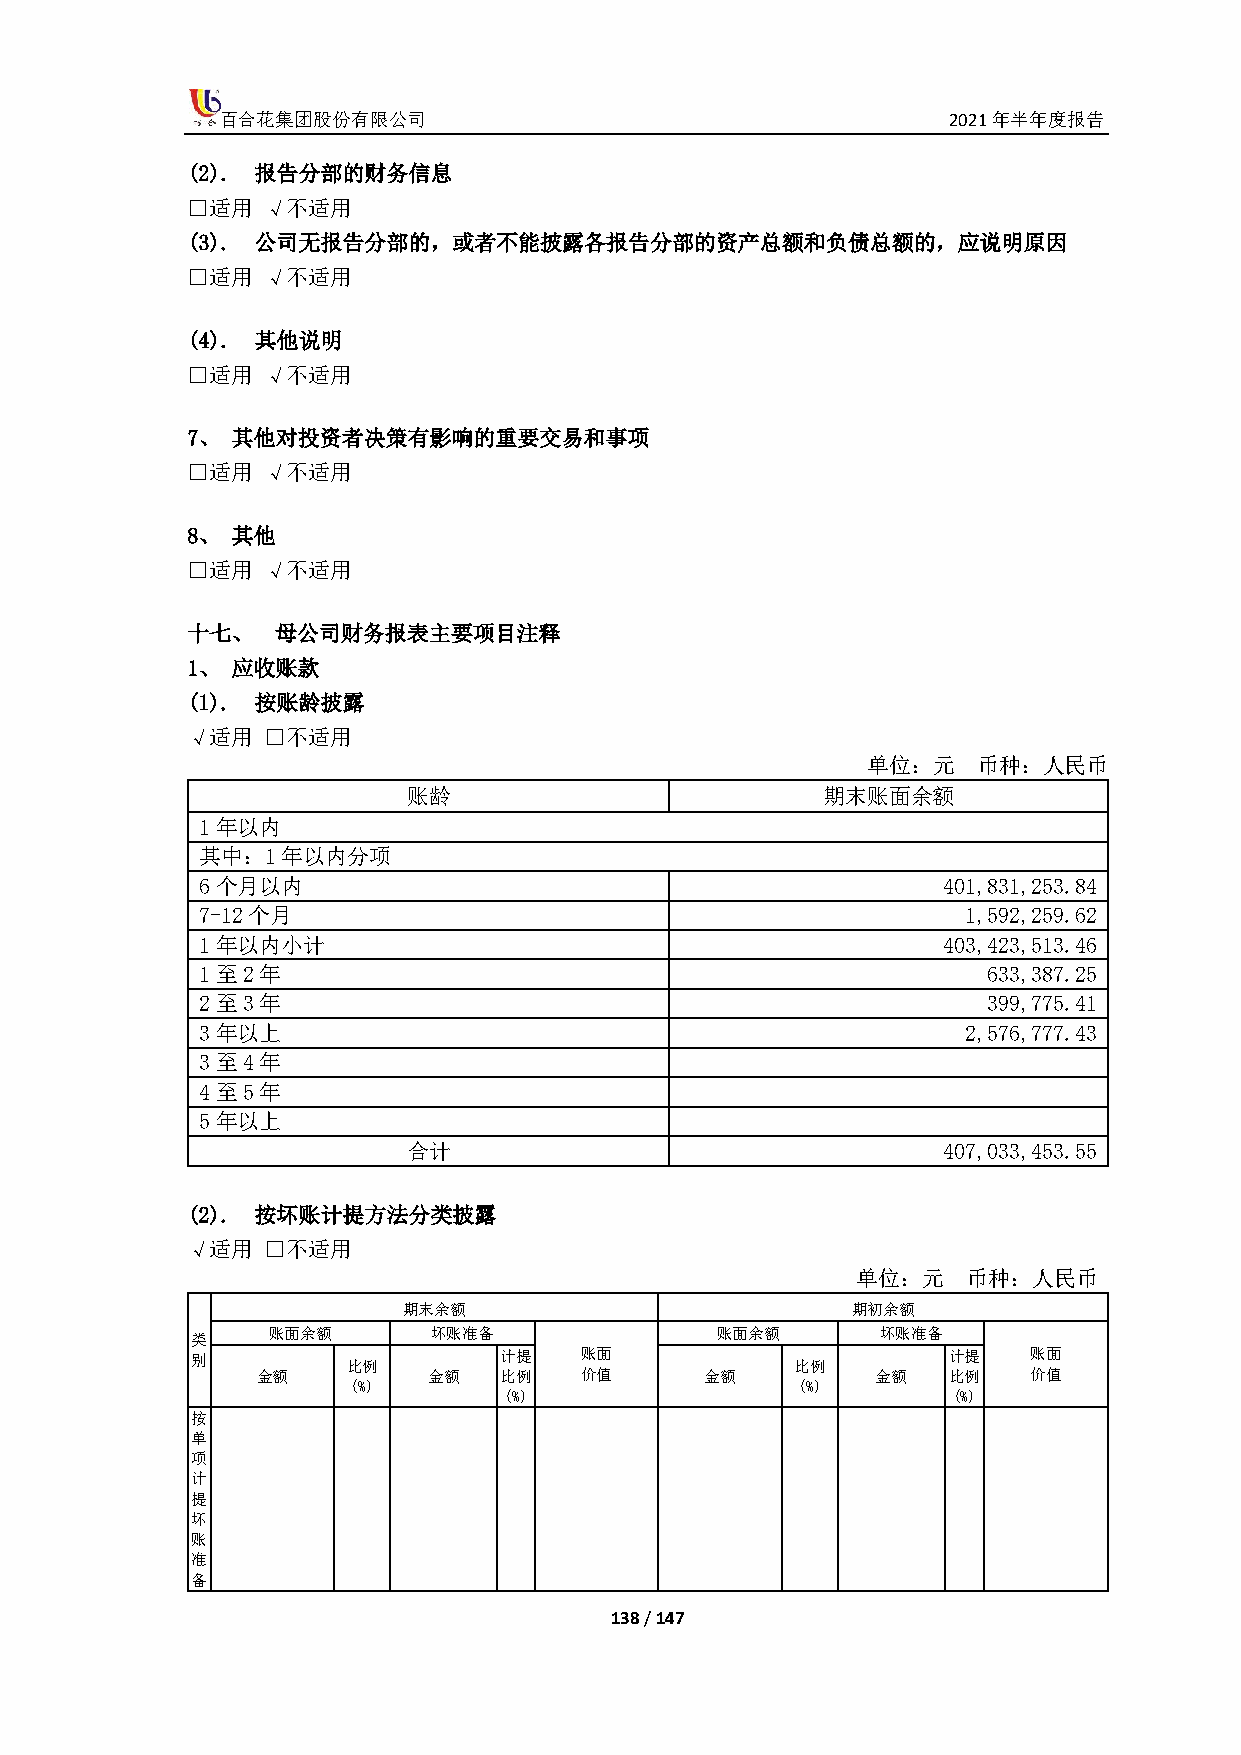
百合花集团股份有限公司                                     2021年半年度报告
 (2). 报告分部的财务信息
 □适用  √不适用
 (3). 公司无报告分部的，或者不能披露各报告分部的资产总额和负债总额的，应说明原因
 □适用  √不适用
 (4). 其他说明
 □适用  √不适用
 7、 其他对投资者决策有影响的重要交易和事项
 □适用  √不适用
 8、 其他
 □适用  √不适用
 十七、   母公司财务报表主要项目注释
 1、 应收账款
 (1). 按账龄披露
 √适用  □不适用
 单位：元    币种：人民币
 账龄                         期末账面余额
 1年以内
 其中：1年以内分项
 6个月以内                                            401,831,253.84
 7-12个月                                             1,592,259.62
 1年以内小计                                           403,423,513.46
 1至2年                                                633,387.25
 2至3年                                                399,775.41
 3年以上                                               2,576,777.43
 3至4年
 4至5年
 5年以上
 合计                                 407,033,453.55
 (2). 按坏账计提方法分类披露
 √适用  □不适用
 单位：元   币种：人民币
 期末余额                         期初余额
 账面余额       坏账准备              账面余额       坏账准备
 类
 别         比例        计提   账面             比例        计提   账面
 金额         金额   比例   价值       金额         金额   比例   价值
 (%)                           (%)
 (%)                           (%)
 按
 单
 项
 计
 提
 坏
 账
 准
 备
 138 / 147